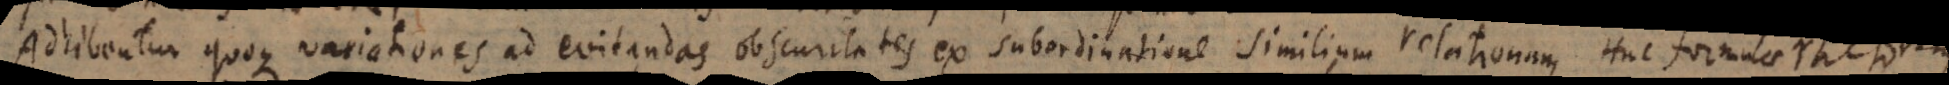
Adhibentur quoque variationes ad evitandas obscuritates ex subordinatione similium relationum. Huc formulae